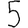
Digit: 5